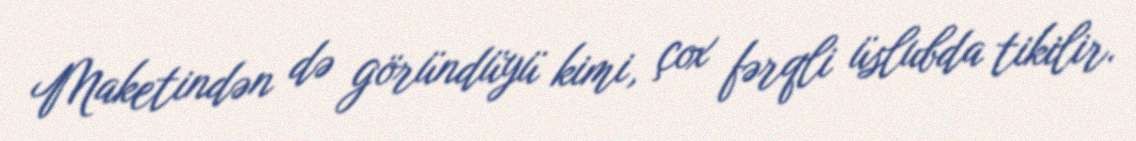
Maketindən də göründüyü kimi, çox fərqli üslubda tikilir.